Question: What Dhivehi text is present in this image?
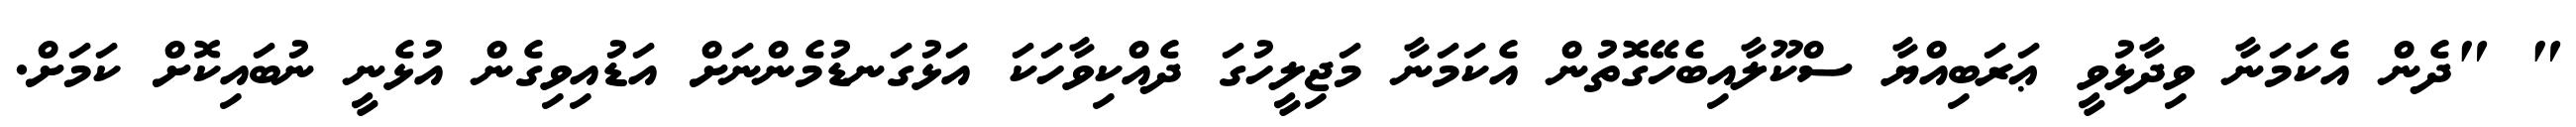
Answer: " "ދެން އެކަމަނާ ވިދާޅުވީ ޢަރަބިއްޔާ ސްކޫލާއިބެހޭގޮތުން އެކަމަނާ މަޖިލީހުގަ ދެއްކިވާހަކަ އަޅުގަނޑުމެންނަށް އަޑުއިވިގެން އުޅެނީ ނުބައިކޮށް ކަމަށް.